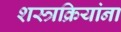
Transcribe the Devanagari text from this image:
शस्त्रक्रियांना